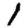
Digit: 1